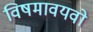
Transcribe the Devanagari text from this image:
विषमावयवो